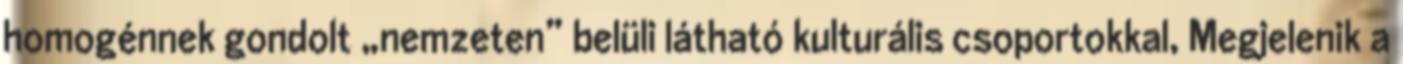
homogénnek gondolt „nemzeten” belüli látható kulturális csoportokkal, Megjelenik a